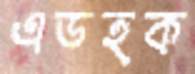
এডহক